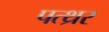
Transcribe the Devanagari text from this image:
पत्थ्रर